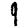
Digit: 9